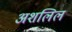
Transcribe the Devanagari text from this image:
अशलिल